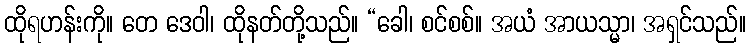
ထိုရဟန်းကို။ တေ ဒေဝါ၊ ထိုနတ်တို့သည်။ “ခေါ၊ စင်စစ်။ အယံ အာယသ္မာ၊ အရှင်သည်။